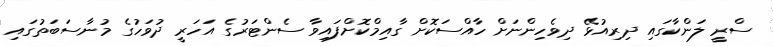
ސްރީ ލަންކާގައި ދިރިއުޅޭ ދިވެހިންނަށް ހާއްސަކޮށް ގާއިމްކޮށްފައިވާ ސެންޓަރުގެ އަހަރީ ދުވަހުގެ މުނާސަބަތުގައި